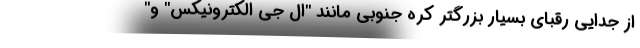
از جدایی رقبای بسیار بزرگتر کره جنوبی مانند "ال جی الکترونیکس" و"